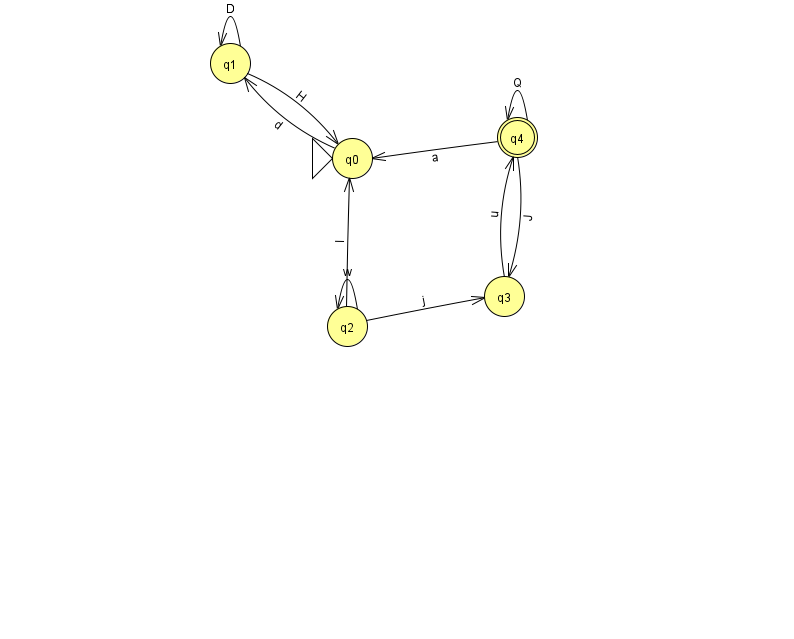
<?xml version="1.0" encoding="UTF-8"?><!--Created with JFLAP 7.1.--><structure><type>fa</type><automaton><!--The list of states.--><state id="0" name="q0"><x>352.0</x><y>145.0</y><initial/></state><state id="1" name="q1"><x>230.0</x><y>50.0</y></state><state id="2" name="q2"><x>347.0</x><y>313.0</y></state><state id="3" name="q3"><x>504.0</x><y>283.0</y></state><state id="4" name="q4"><x>517.0</x><y>124.0</y><final/></state><!--The list of transitions.--><transition><from>2</from><to>3</to><read>j</read></transition><transition><from>4</from><to>4</to><read>Q</read></transition><transition><from>1</from><to>0</to><read>H</read></transition><transition><from>4</from><to>0</to><read>a</read></transition><transition><from>1</from><to>1</to><read>D</read></transition><transition><from>2</from><to>0</to><read>l</read></transition><transition><from>3</from><to>4</to><read>u</read></transition><transition><from>2</from><to>2</to><read>w</read></transition><transition><from>4</from><to>3</to><read>J</read></transition><transition><from>0</from><to>1</to><read>d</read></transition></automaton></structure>